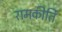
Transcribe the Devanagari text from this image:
रामकीर्ति